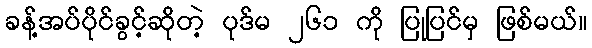
ခန့်အပ်ပိုင်ခွင့်ဆိုတဲ့ ပုဒ်မ ၂၆၁ ကို ပြုပြင်မှ ဖြစ်မယ်။